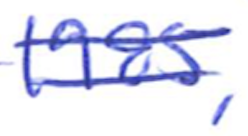
Text: 1985,
Cross-out: double-line
Writing tool: ballpoint